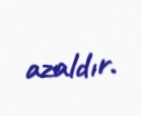
azaldır.